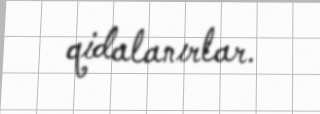
qidalanırlar.